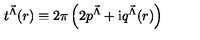
t ^ { { \vec { \Lambda } } } ( r ) \equiv 2 \pi \left( 2 p ^ { { \vec { \Lambda } } } + \mathrm { i } q ^ { { \vec { \Lambda } } } ( r ) \right)